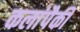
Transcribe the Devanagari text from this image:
कलांपैकी